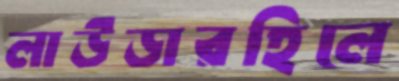
লাউডারহিলে